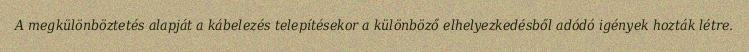
A megkülönböztetés alapját a kábelezés telepítésekor a különböző elhelyezkedésből adódó igények hozták létre.